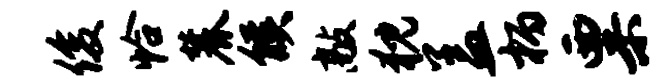
俊恰麓候敲猊盖柄粟